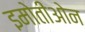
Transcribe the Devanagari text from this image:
इमोतीओन